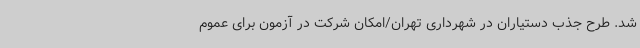
شد. طرح جذب دستیاران در شهرداری تهران/امکان شرکت در آزمون برای عموم